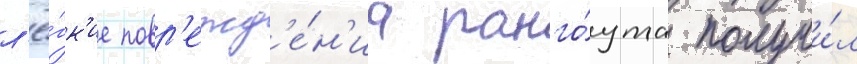
л'ё́гк'ие повр'ежд'е́н'иа ранго́ута получи́л